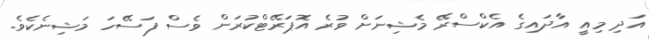
އަދި މިއީ އާދައިގެ އެކްސްރޭ މެޝިނަށް ވުރެ އޮޕަރޭޓްކުރަން ވެސް ފަސޭހަ މަޝިނެކެވެ.